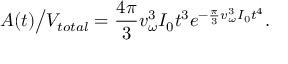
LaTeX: A ( t ) \big / V _ { t o t a l } = \frac { 4 \pi } { 3 } v _ { \omega } ^ { 3 } I _ { 0 } t ^ { 3 } e ^ { - \frac { \pi } { 3 } v _ { \omega } ^ { 3 } I _ { 0 } t ^ { 4 } } .